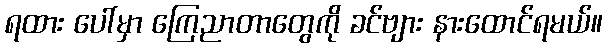
ရထား ပေါ်မှာ ကြေညာတာတွေကို ခင်ဗျား နားထောင်ရမယ်။